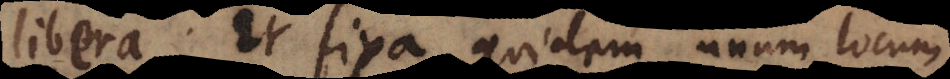
libera. Et fixa quidem unum locum